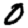
Digit: 0